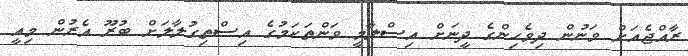
ރާއްޖެއަށް ވަނުން ދިވެހިންގެ ދީނަށް އިސްލާމީ ވަންތަކަމުގެ އިސްތިގުލާލަށް ބުރޫ އެރުން މިއީ